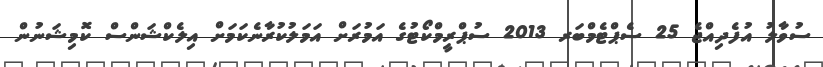
ސުވާލު އުފެދިއްޖެ 25 ސެޕްޓެމްބަރ 2013 ސުޕްރީމްކޯޓުގެ އަމުރަށް އަމަލުކުރާނެކަމަށް އިލެކްޝަންސް ކޮމިޝަނުން